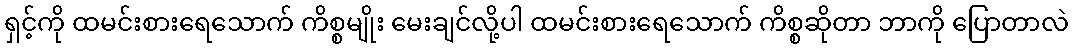
ရှင့်ကို ထမင်းစားရေသောက် ကိစ္စမျိုး မေးချင်လို့ပါ ထမင်းစားရေသောက် ကိစ္စဆိုတာ ဘာကို ပြောတာလဲ